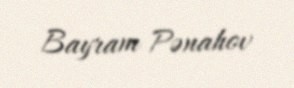
Bayram Pənahov